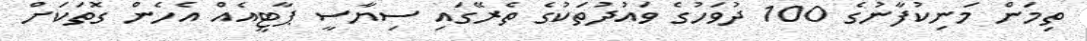
ތިމަން މަނިކުފާނުގެ 100 ދުވަހުގެ ވައުދުތަކުގެ ތެރޭގައި ސިޔާސީ ޕާޓީއެއް އެހެން ގޮތަކަށް